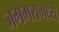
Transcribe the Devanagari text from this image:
जगभरामध्ये